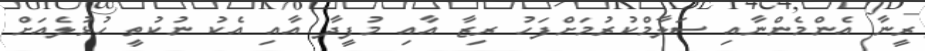
ރީނާ އެންމެންނާއި ސަލާމްކުރުމަށްފަހު ރިޒާ އާއި މުފީދާ އާއި އެކު ނުކުތީ ހުޅުލެއަށް